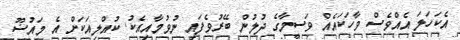
އެކަަހަލަ އެއްވެސް ވާހަކައެއް ވަސީމާގެ ދުލުން ބޭރުވެފައި ނުވުމާއިއެކު